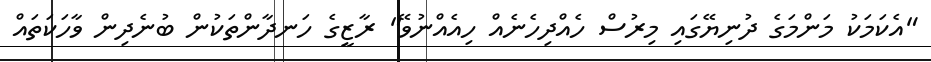
"އެކަމަކު މަންމަގެ ދުނިޔޭގައި މިރުސް ހެއްދިހެނެއް ހިއެއްނުވޭ" ރާޒީގެ ހަނދާންތަކުން ބުނެދިން ވާހަކަތައް